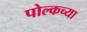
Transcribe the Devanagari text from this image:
पोल्कच्या